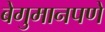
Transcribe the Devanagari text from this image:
बेगुमानपणे